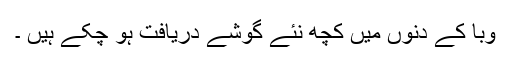
وبا کے دنوں میں کچھ نئے گوشے دریافت ہو چکے ہیں ۔